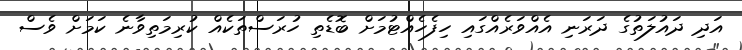
އަދި ދައުލަތުގެ ދަރަނި އެއްވަރެއްގައި ހިފެހެއްޓުމަށް ބޮޑެތި ހުރަސްތަކެއް ކުރިމަތިވާނެ ކަމަށް ވެސް